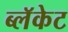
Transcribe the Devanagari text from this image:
ब्लॅकेट